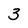
Character: 3